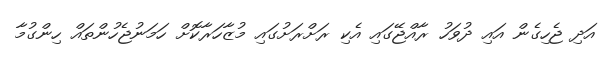
އަދި ޖެހިގެން އައި ދުވަހު ރާއްޖޭގައި އެކި ރަށްރަށުގައި މުޒާހަރާކޮށް ހަމަނުޖެހުންތައް ހިންގުމާ